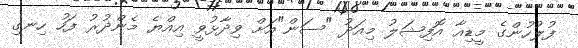
ފުލުހުންގެ މީޑިއާ އޮފިޝަލު މިއަދު "ސަން"އަށް ވިދާޅުވީ އިއްޔެ މެންދުރު ފަހު ހިނގި